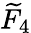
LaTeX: {\widetilde{F}}_{4}